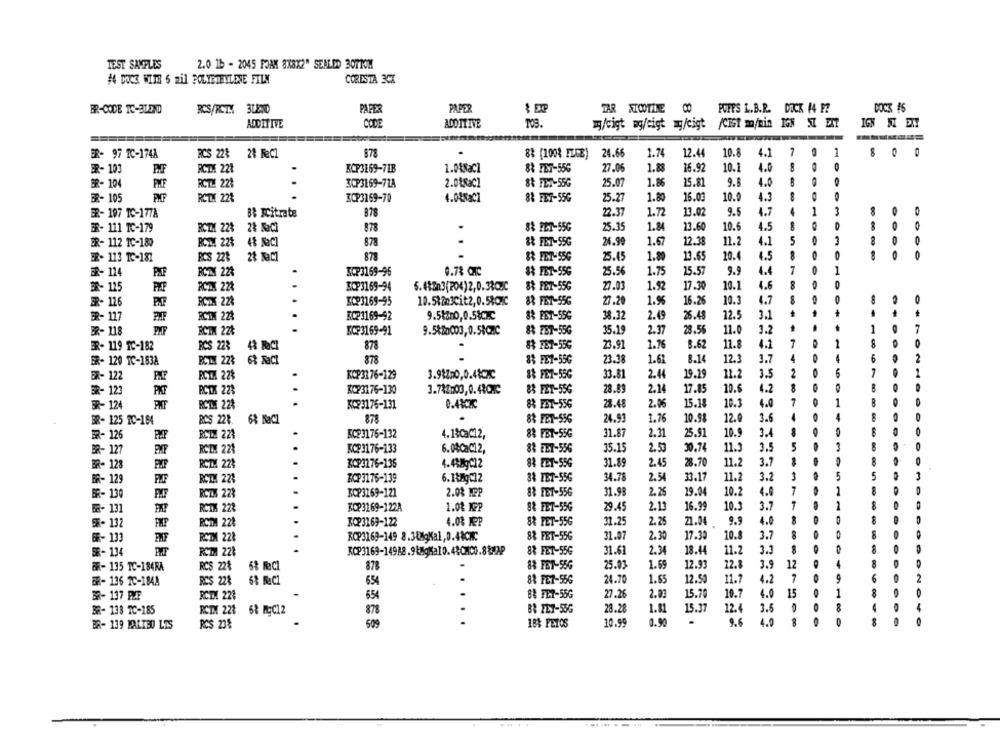
TEST SAMPLES
2.0 16 - 2045 FOAM 8X8X2" SEALDO 30710M
# DOCE WITH S Ril POLYETENLENE FILM
CORESTA 3CX
BR-CODE TC-BLEND
BCS/RCTMI 3LEND
PAPER
PAPER
TAR NICOTINE 00
PUFFS L.B.R. DOCK (4 F?
DOC3 45
ADDITIVE
CODE
ACOIT IVE
TOS.
my/cigt mg/eigt mg/eigt /CEst m/min IGN ST DAT
IGN SZ EXT
BR- 97 TC-174A
RCS 22%
28 FeCl
878
88 (100% FLCE)
24.66
1.74
12.44
10.8
4.1
7
1
O
4.6
ER- 103
RCTX 221
.
KCP3169-71B
1.04NaCl
88 PET-55G
27.06
1.88
16.92
10.1
8
O
BR- 104
PMF
RCTH 22
3CP3169-714
2.0&KaCl
8& FET-55G
25.07
1.86
25.81
9.8
4.0
.
BR- 105
RCTX 22%
3CP3169-70
4.0&NaCl
88 FET-55G
25.27
1.80
16.03
10.0
4.3
4
1
3
8
ER- 197 TC-177A
B& RCitrate
878
22.37
1.72
13.02
9.5
4.7
O
0
25.35
4.5
ER- 111 TC-179
BOTH 22%
28 NaCl
878
$& PET-55G
1.84
23.60
10.6
24.99
12.38
5
ER- 112 IC-189
BCDX 22%
48 NaCl
878
&& FET-S5G
1.67
11.2
4.1
28 MaCI
878
20.
0
ER- 113 1C-181
BCS 22%
...
$ FET-55G
25.45
1.80
13.65
4.5
1.75
7
0
1
ER- 124
PAF
RCTMX 22%
BCP3169-96
0.78 CC
38 FET-55G
25.56
15.57
9.9
4.4
27.03
1.92
17.30
10.1
4.6
8
ER- 125
RCTX 22%
BCP3169-94
5.48703(204)2,0.33QUIC
84 PET-55G
27.20
1.9
16.26
10.3
4.7
O
BR- 126
RCZX 228
XCP3169-95
88 FET-55G
RCP3169-92
9.5kan0,0.58cx:
2.49
26.48
12.5
3.1
BR- 117
RCTM 224
8& PET-SSG
38.32
RCIN 22₺
9.5km2003,0.58CZC
83 FBT-55G
15.19
2.37
28.56
11.0
3.2
1
2
BR- 118
KCP3169-91
BR- 119 TC-182
RCS 223
878
88 FE7-55G
23.91
1.76
8.62
11.8
4.1
7
1
8
43 NOCI
ER- 120 TC-1838
RCL 223 68 MaCI
878
83 FET-55G
23.38
1.6
8.14
12.3
1.7
4
4
6
2
ER- 122
RCTX 22%
.
KCP3276-129
3.98200,0.48CMC
8& PET-55G
33.81
2.44
19.29
11.2
3.5
2
5
BR- 123
PKT
PCTX 22%
BCP3176-130
3.742.03,0.48CMC
88 FET-55G
28.89
2.14
17.85
10.6
4.2
B
RR- 124
BCTIME 228
RC23176-131
0.41C2C
88 FBT-556
28.48
2.06
15.18
10.3
4.0
7
1
O
RCS 228.
68 NaCl
87
83 FET-556
24.91
1.76
10.98
12.0
3.6
4
BR- 125 IC-164
BR- 126
RCLE 223
.
KCP3176-132
4.1%Cac12,
88 FBT-55G
31.87
2.31
25.91
10.9
3.4
BR- 127
RCIH 224
KCP3176-133
6.04Cac12,
8& EET-556
35.15
2.53
30.74
11.5
3.5
5
3
BR- 128
RCTM 22%
KOP3276-136
4.43MgC12
8& EET-55G
31.89
2.45
28.70
11.2
3.7
8
BR- 125
RCTM 223
.
RCP3176-139
38 TET-55G
34.78
2.54
33.17
11.2
3.2
5
3
BR- 130
ROZK 22%
3CP3169-121
2.08 MPP
88 FET-55G
31.93
2.26
19.04
10.2
4.0
1
8
Ba- 131
RCTX 228
.
KOP3169-122A
1.08 12P
S& FET-55G
29.45
2.13
16.99
10.3
3.7
1
8
SR- 132
RCTMA 228
XCP3169-122
4.08 MPP
8& FET-55G
31.25
2. 25
21.04
9.9
4.0
8
8
66- 133
FMF
RCTX 22?
KOP3169-149 8.38MgKal,0.43CH:
88 FET-55G
31.07
2.30
17.30
10.8
3.7
SR- 134
RCTX 22₺
88 FET-55G
31.61
2.34
18.44
11.2
3.3
3.9
BR- 135 TC-184RA
RCS 228
58 RICI
878
83 FET-55G
25.03
1.59
12.93
12.8
12
4
8
O
BR- 136 2C-1848
RCS 228
654
8& FET-55G
24.70
1.65
12.50
11.7
4.2
6
2
2.0
10.7
4.0
15
8
32- 137 PMF
RCTX 228
654
BE FE7-55G
27.26
15.70
O
28.28
15.37
12.4
3.6
O
8
4
BR- 138 TC-185
RCTX 223 68 MyC12
876
B& FET-55G
1.81
. ...
10.99
0.90
9.6
4.0
8
8
ER- 139 MALTEO LTS
RCS 23%
509
18% FETOS